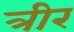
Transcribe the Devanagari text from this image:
त्रीर